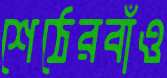
শেঠেরবাঁও